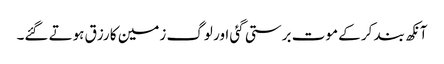
آنکھ بند کر کے موت برستی گئی اور لوگ زمین کا رزق ہوتے گئے۔